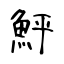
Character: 鮃